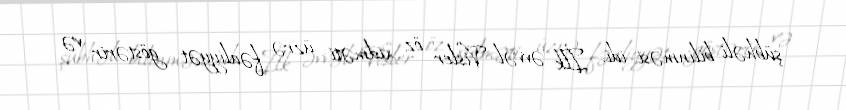
şübhəli bilinməsi idi. İlk əvvəl Visler öz xidməti üzrə fəaliyyət göstərir və